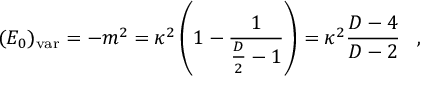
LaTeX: ( E _ { 0 } ) _ { \mathrm { v a r } } = - m ^ { 2 } = \kappa ^ { 2 } \left( 1 - { \frac { 1 } { { \frac { D } { 2 } } - 1 } } \right) = \kappa ^ { 2 } { \frac { D - 4 } { D - 2 } } \; \; \; ,